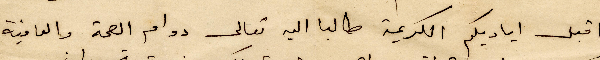
اقبل اياديكم الكريمة طالبًا اليه تعالى دوام الصحة والعافية